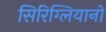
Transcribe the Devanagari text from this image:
सिरिग्लियानो